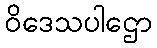
ဝိဒေသပါဌော